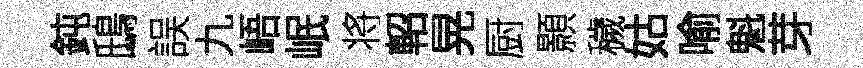
鈍鴟誤九峿岷将軺晃厨顥穢姑喻魁芽